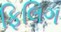
ફિલિગ